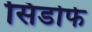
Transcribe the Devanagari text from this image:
सिडोर्फ